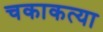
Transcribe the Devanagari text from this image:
चकाकत्या